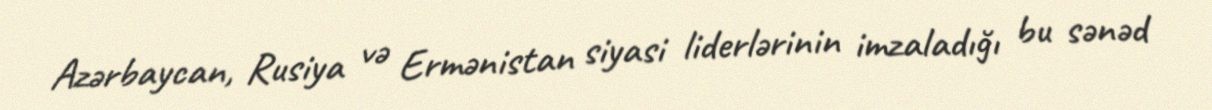
Azərbaycan, Rusiya və Ermənistan siyasi liderlərinin imzaladığı bu sənəd